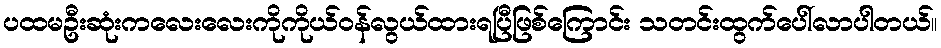
ပထမဦးဆုံးကလေးလေးကိုကိုယ်ဝန်လွယ်ထားရပြီဖြစ်ကြောင်း သတင်းထွက်ပေါ်လာပါတယ်။